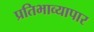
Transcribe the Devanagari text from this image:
प्रतिभाव्यापार